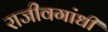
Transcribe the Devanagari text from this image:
राजीवगांधी